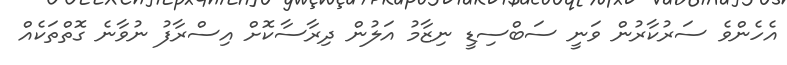
އެހެންވެ ސަރުކާރުން ވަނީ ސަބްސިޑީ ނިޒާމު އަލުން ދިރާސާކޮށް އިސްރާފު ނުވާނެ ގޮތްތަކެއް